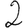
Digit: 2